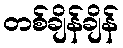
တစ်ချိန်ချိန်